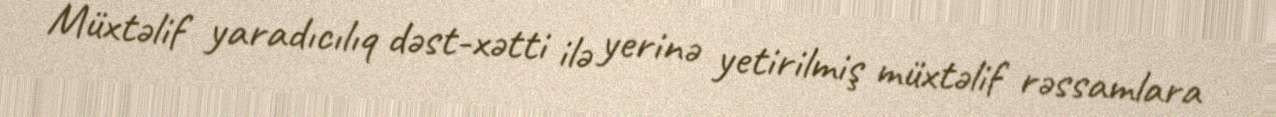
Müxtəlif yaradıcılıq dəst-xətti ilə yerinə yetirilmiş müxtəlif rəssamlara